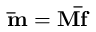
{ \bf { \bar { m } } } = { \bf { M \bar { f } } }